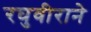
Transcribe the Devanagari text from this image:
रघुवीराने